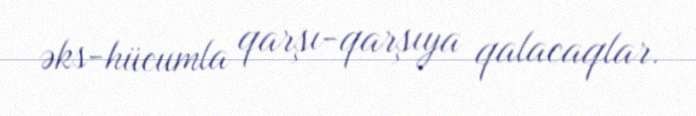
əks-hücumla qarşı-qarşıya qalacaqlar.